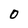
Character: O